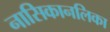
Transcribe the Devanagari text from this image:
नासिकानलिका